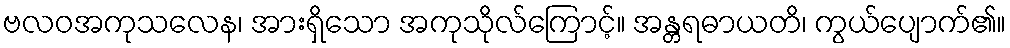
ဗလဝအကုသလေန၊ အားရှိသော အကုသိုလ်ကြောင့်။ အန္တရဓာယတိ၊ ကွယ်ပျောက်၏။